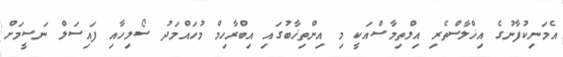
އެމަނިކުފާނުގެ އިޚްލާސްތެރި އިލްތިމާސްއަކީ މި އިންތިޚާބުގައި އިބްރާހިމް މުހައްމަދު ސޯލިހާއި ފައިސަލް ނަސީމަށް